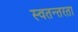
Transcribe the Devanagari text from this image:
स्वतन्तरता